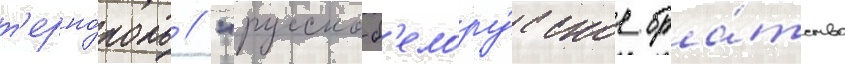
т'ерно́поль // "русско-б'елору́сское бра́тство